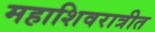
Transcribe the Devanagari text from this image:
महाशिवरात्रीत